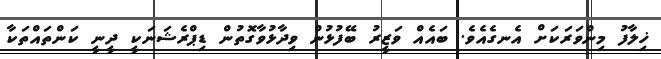
ޚިލާފު މިންވަރަކަށް އެނގެއެވެ. ބައެއް ވަޒީރު ބޭފުޅުން ވިދާޅުވާގޮތުން ޑިޕްރެޝަނަކީ ދީނީ ކަންތައްތަކާ